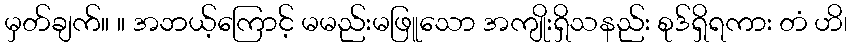
မှတ်ချက်။ ။ အဘယ့်ကြောင့် မမည်းမဖြူသော အကျိုးရှိသနည်း စုဒ်ရှိရကား တံ ဟိ၊